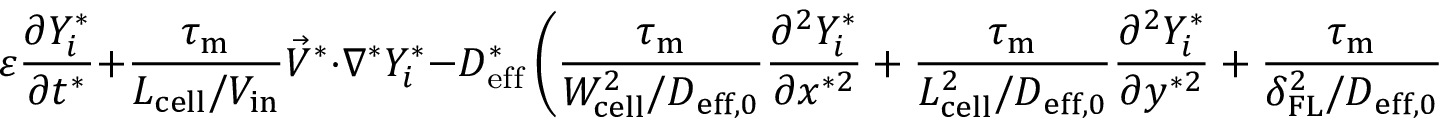
\varepsilon \frac { \partial Y _ { i } ^ { * } } { \partial t ^ { * } } + \boldsymbol { \frac { \tau _ { \mathrm { m } } } { L _ { \mathrm { { c e l l } } } / V _ { \mathrm { i n } } } } \vec { V } ^ { * } \cdot \nabla ^ { * } Y _ { i } ^ { * } - D _ { \mathrm { e f f } } ^ { * } \left( \boldsymbol { \frac { \tau _ { \mathrm { m } } } { W _ { \mathrm { { c e l l } } } ^ { 2 } / D _ { \mathrm { { e f f } , 0 } } } } \frac { \partial ^ { 2 } Y _ { i } ^ { * } } { \partial x ^ { * 2 } } + \boldsymbol { \frac { \tau _ { \mathrm { m } } } { L _ { \mathrm { { c e l l } } } ^ { 2 } / D _ { \mathrm { { e f f } , 0 } } } } \frac { \partial ^ { 2 } Y _ { i } ^ { * } } { \partial y ^ { * 2 } } + \boldsymbol { \frac { \tau _ { \mathrm { m } } } { \delta _ { \mathrm { { F L } } } ^ { 2 } / D _ { \mathrm { { e f f } , 0 } } } } \frac { \partial ^ { 2 } Y _ { i } ^ { * } } { \partial z ^ { * 2 } } \right) = \frac { S _ { \mathrm { m } , i } ^ { * } } { \rho ^ { * } }